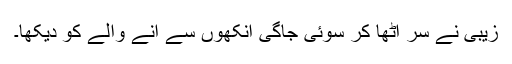
زیبی نے سر اٹھا کر سوئی جاگی آنکھوں سے آنے والے کو دیکھا۔